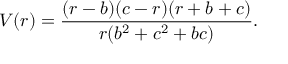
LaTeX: V ( r ) = \frac { ( r - b ) ( c - r ) ( r + b + c ) } { r ( b ^ { 2 } + c ^ { 2 } + b c ) } .